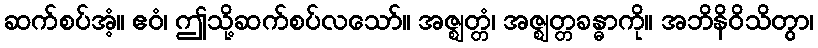
ဆက်စပ်အံ့။ ဧဝံ၊ ဤသို့ဆက်စပ်လသော်။ အဇ္ဈတ္တံ၊ အဇ္ဈတ္တခန္ဓာကို။ အဘိနိဝိသိတွာ၊